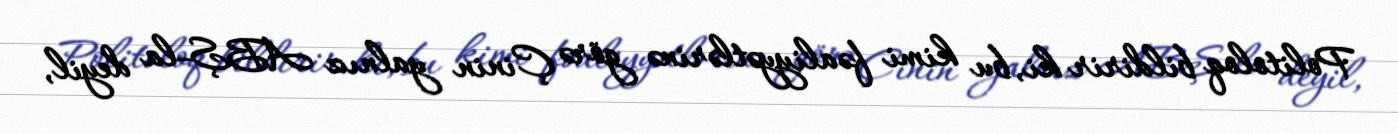
Politoloq bildirir ki, bu kimi fəaliyyətlərinə görə Çinin yalnız ABŞ-la deyil,